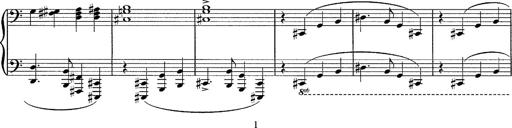
Title: R.W. - Venezia
Composer: Franz Liszt